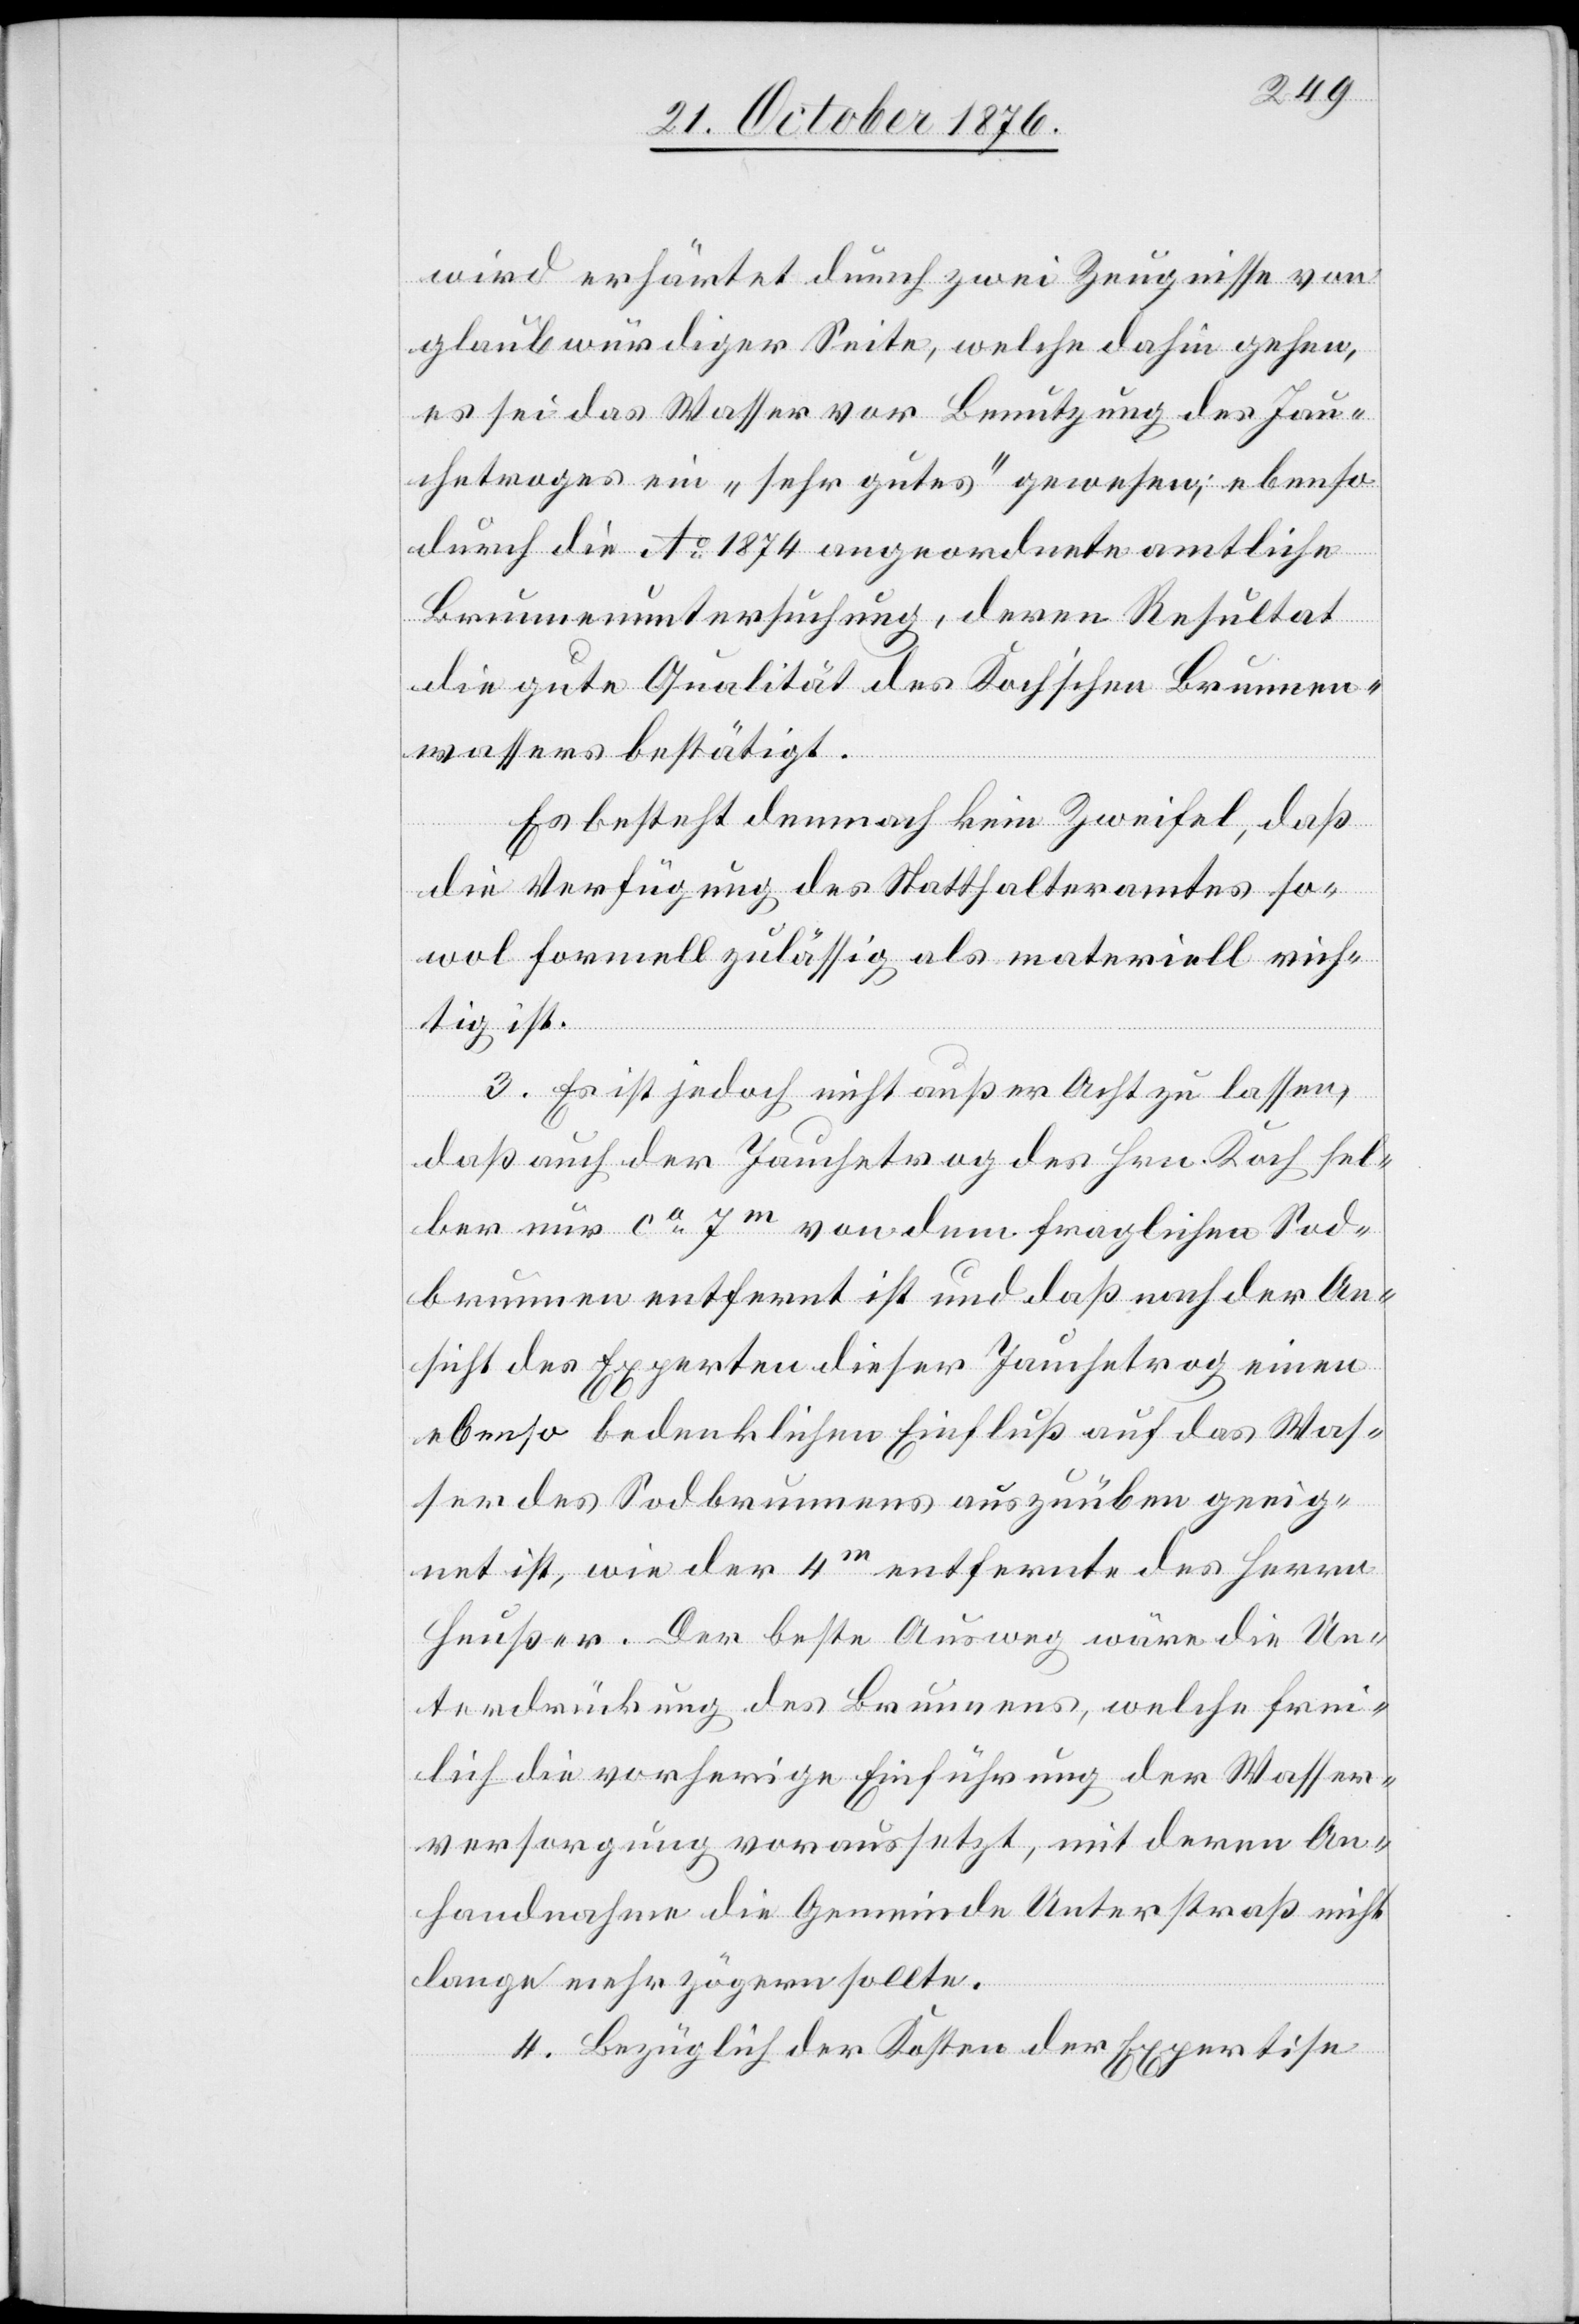
wird erhärtet durch zwei Zeugnisse von
glaubwürdiger Seite, welche dahin gehen,
es sei das Wasser vor Benutzung des Jau¬
chetroges ein „sehr gutes“ gewesen; ebenso
durch die Ao 1874 angeordnete amtliche
Brunnenuntersuchung, deren Resultat
die gute Qualität des Koch’schen Brunnen¬
wassers bestätigt.
Es besteht demnach kein Zweifel, daß
die Verfügung des Statthalteramtes so¬
wol formell zulässig als materiell rich¬
tig ist.
3. Es ist jedoch nicht außer Acht zu lassen,
daß auch der Jauchetrog des Hrn. Koch sel¬
ber nur ca 7m von dem fraglichen Sod¬
brunnen entfernt ist und daß nach der An¬
sicht des Experten dieser Jauchetrog einen
ebenso bedenklichen Einfluß auf das Was¬
ser des Sodbrunnens auszuüben geeig¬
net ist, wie der 4m entfernte des Herrn
Heußer. Der beste Ausweg wäre die Un¬
terdrückung des Brunnens, welche frei¬
lich die vorherige Einführung der Wasser¬
versorgung voraussetzt, mit deren An¬
handnahme die Gemeinde Unterstraß nicht
lange mehr zögern sollte.
4. Bezüglich der Kosten der Expertise